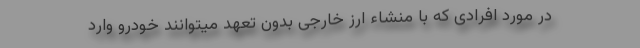
در مورد افرادی که با منشاء ارز خارجی بدون تعهد میتوانند خودرو وارد